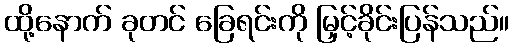
ထို့နောက် ခုတင် ခြေရင်းကို မြှင့်ခိုင်းပြန်သည်။